Vaccine operations Central Provinces 1900-1911 - 1900-1911
Year: 1900
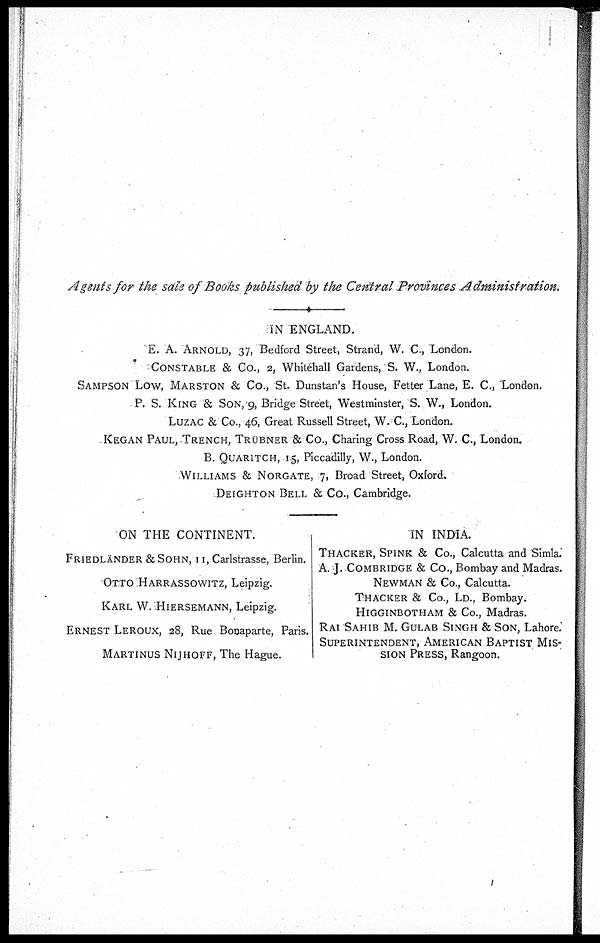
Agents for the sale of Books published by the Central Provinces Administration.
IN ENGLAND.
E. A. ARNOLD, 37, Bedford Street, Strand, W. C., London.
CONSTABLE & Co., 2, Whitehall Gardens, S. W., London.
SAMPSON Low, MARSTON & Co., St. Dunstan's House, Fetter Lane, E. C., London.
P. S. KING & SON,9, Bridge Street, Westminster, S. W., London.
LUZAC & Co., 46, Great Russell Street, W.C., London.
KEGAN PAUL, TRENCH, TRUBNER & Co., Charing Cross Road, W. C., London.
B. QUARITCH, 15, Piccadilly, W., London.
WILLIAMS & NORGATE, 7, Broad Street, Oxford.
DEIGHTON BELL & Co., Cambridge.
ON THE CONTINENT.
FRIEDLANDER &SOHN, 11, Carlstrasse, Berlin.
OTTO HARRASSOWITZ, Leipzig.
KARL W. HIERSEMANN, Leipzig.
ERNEST LEROUX, 28, Rue Bonaparte, Paris.
MARTINUS NIJHOFF, The Hague.
IN INDIA.
THACKER, SPINK & Co., Calcutta and Simla.
A. J. COMBRIDGE & Co., Bombay and Madras.
NEWMAN & Co., Calcutta.
THACKER & Co., LD., Bombay.
HIGGINBOTHAM & Co., Madras.
RAI SAHIB M. GULAB SINGH & SON, Lahore.
SUPERINTENDENT, AMERICAN BAPTIST MIS-
---- PRESS, Rangoon.